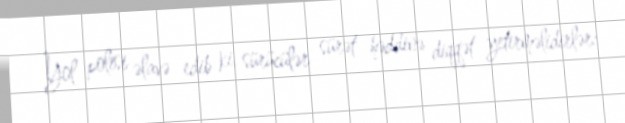
Yol polisi əlavə edib ki, sürücülər sürət həddinə diqqət yetirməlidirlər: